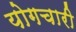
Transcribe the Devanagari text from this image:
योगचारी